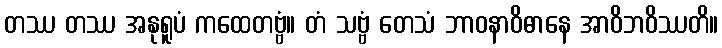
တဿ တဿ အနုရူပံ ကထေတဗ္ဗံ။ တံ သဗ္ဗံ တေသံ ဘာဝနာဝိဓာနေ အာဝိဘဝိဿတိ။